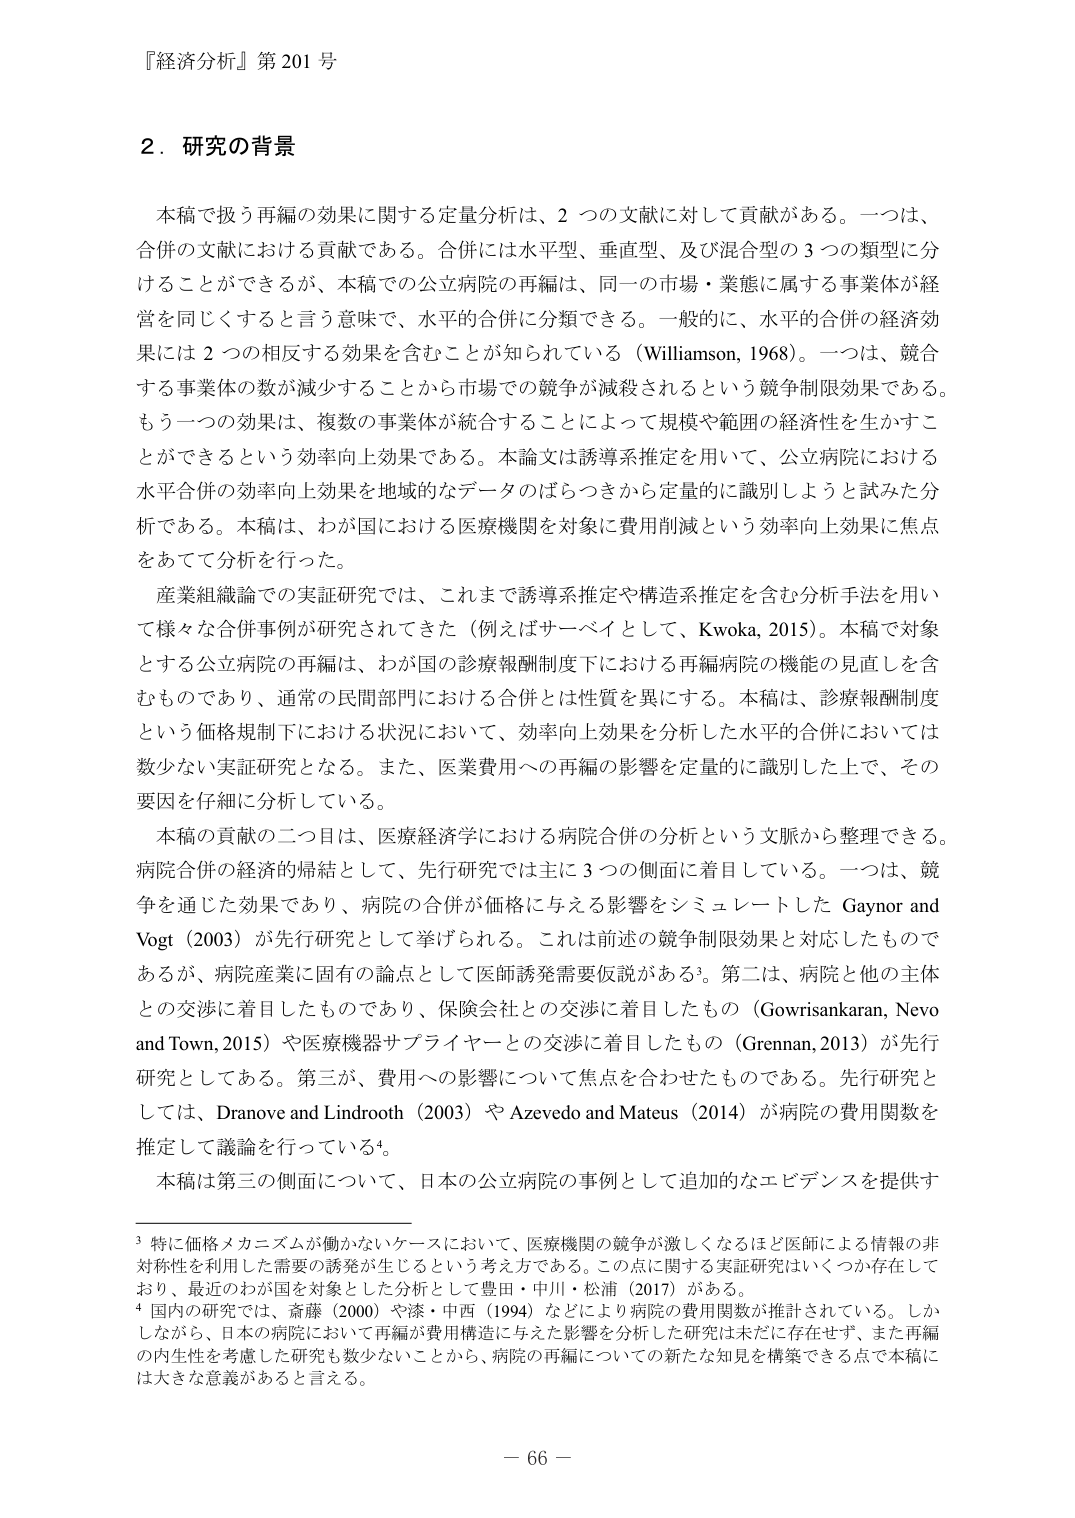
『経済分析』第 201 号

2．研究の背景

本稿で扱う再編の効果に関する定量分析は、2 つの文献に対して貢献がある。一つは、合併の文献における貢献である。合併には水平型、垂直型、及び混合型の 3 つの類型に分けることができるが、本稿での公立病院の再編は、同一の市場・業態に属する事業体が経営を同じくすると言う意味で、水平的合併に分類できる。一般的に、水平的合併の経済効果には 2 つの相反する効果を含むことが知られている（Williamson, 1968）。一つは、競合する事業体の数が減少することから市場での競争が減殺されるという競争制限効果である。もう一つの効果は、複数の事業体が統合することによって規模や範囲の経済性を生かすことができるという効率向上効果である。本論文は誘導系推定を用いて、公立病院における水平合併の効率向上効果を地域的なデータのばらつきから定量的に識別しようとした試みた分析である。本稿は、わが国における医療機関を対象に費用削減という効率向上効果に焦点をあてて分析を行った。

産業組織論での実証研究では、これまで誘導系推定や構造系推定を含む分析手法を用いて様々な合併事例が研究されてきた（例えばサーベイとして、Kwoka, 2015）。本稿で対象とする公立病院の再編は、わが国の診療報酬制度下における再編病院の機能の見直しを含むものであり、通常の民間部門における合併とは性質を異にする。本稿は、診療報酬制度という価格規制下における状況において、効率向上効果を分析した水平的合併においては数少ない実証研究となる。また、医業費用への再編の影響を定量的に識別した上で、その要因を仔細に分析している。

本稿の貢献の二つ目は、医療経済学における病院合併の分析という文献から整理できる。病院合併の経済的帰結として、先行研究では主に 3 つの側面に着目している。一つは、競争を通じた効果であり、病院の合併が価格に与える影響をシミュレートした Gaynor and Vogt（2003）が先行研究として挙げられる。これは前述の競争制限効果と対応したものであるが、病院産業に固有の論点として医師誘発需要仮説がある³。第二は、病院と他の主体との交渉に着目したものであり、保険会社との交渉に着目したもの（Gowrisankaran, Nevo and Town, 2015）や医療機器サプライヤーとの交渉に着目したもの（Grennan, 2013）が先行研究としてある。第三が、費用への影響について焦点を合わせたものである。先行研究としては、Dranove and Lindrooth（2003）や Azevedo and Mateus（2014）が病院の費用関数を推定して議論を行っている⁴。

本稿は第三の側面について、日本の公立病院の事例として追加的なエビデンスを提供す

³ 特に価格メカニズムが働かないケースにおいて、医療機関の競争が激しくなるほど医師による情報の非対称性を利用した需要の誘発が生じるという考え方である。この点に関する実証研究はいくつか存在しており、最近のわが国を対象とした分析として豊田・中川・松浦（2017）がある。

⁴ 国内の研究では、斎藤（2000）や漆・中西（1994）などにより病院の費用関数が推計されている。しかしながら、日本の病院において再編が費用構造に与えた影響を分析した研究は未だに存在せず、また再編の内生性を考慮した研究も数少ないことから、病院の再編についての新たな知見を構築できる点で本稿には大きな意義があると言える。

－ 66 －